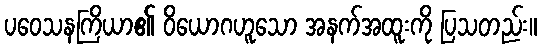
ပဝေသနကြိယာ၏ ဝိယောဂဟူသော အနက်အထူးကို ပြသတည်း။